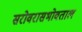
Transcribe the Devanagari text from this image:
सरोवरासभोवताल